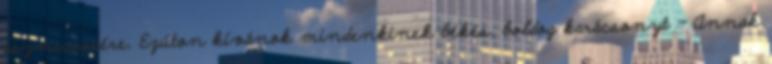
eszmecserére. Ezúton kívánok mindenkinek békés, boldog karácsonyt - Annak